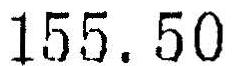
155.50